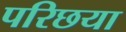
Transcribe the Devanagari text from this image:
परिछया